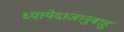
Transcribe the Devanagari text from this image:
ध्यायेदाजानुबाहुं